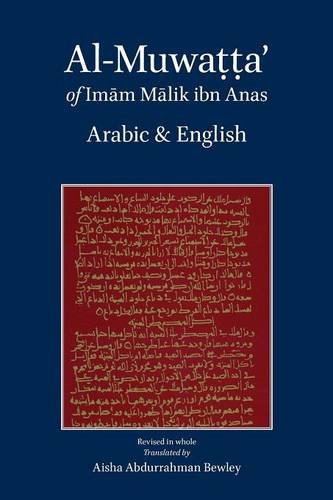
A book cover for Al-Muwatta of Imam Malik Arabic English; Malik Ibn Anas; Religion & Spirituality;